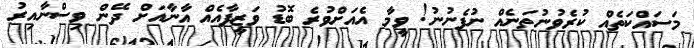
މަސައްކަތެއް ކުރެވުނުތަނެއް ނުފެނުނު! ވީމާ އެއަށްވުރެ ބޮޑު ވަޒީފާއެއް އާނާއަށް ދޭން ވިސްނާއިރު